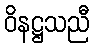
ဝိနဋ္ဌသညီ